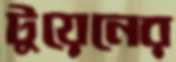
টুয়েনের